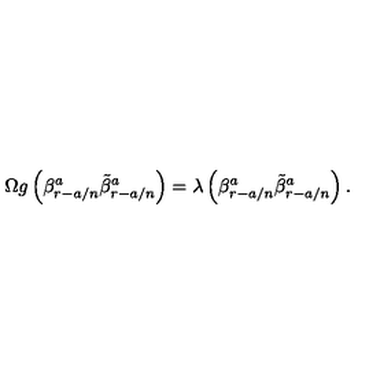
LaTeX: \Omega g \left( \beta _ { r - a / n } ^ { a } \tilde { \beta } _ { r - a / n } ^ { a } \right) = \lambda \left( \beta _ { r - a / n } ^ { a } \tilde { \beta } _ { r - a / n } ^ { a } \right) .